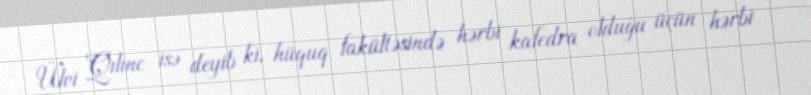
Ülvi Qılınc isə deyib ki, hüquq fakültəsində hərbi kafedra olduğu üçün hərbi